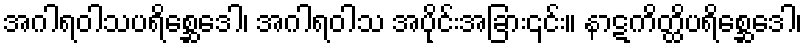
အဂါရဝါသပရိစ္ဆေဒေါ၊ အဂါရဝါသ အပိုင်းအခြား၎င်း။ နာဋကိတ္ထိပရိစ္ဆေဒေါ၊